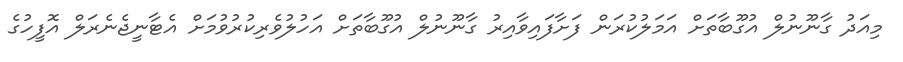
މިއަދު ގާނޫނުލް އުގޫބާތަށް އަމަލުކުރަން ފަށާފައިވާއިރު ގާނޫނުލް އުގޫބާތަށް އަހުލުވެރިކުރުވުމަށް އެޓާނީޖެނެރަލް އޮފީހުގެ